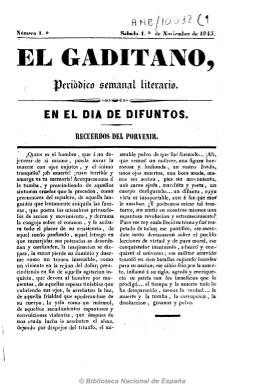
Título: El Gaditano (Cádiz)
Colección: Literatura
Ámbito geográfico: Cádiz
Lugar de publicación: Cádiz
Fechas: 01/11/1845-04/04/1846

Subtitulado como “periódico semanal literario”, aparece su primer número el 1 de noviembre de 1845, saliendo todos los sábados de la Imprenta de Núñez y Arjona. De cuatro páginas, incluye artículos literarios y poemas, así como relatos por entregas y algunas noticias sobre la actividad teatral de la ciudad. Entre sus colaboradores aparece el escritor de origen sevillano José Vargas Machuca (-1898) así como Juan de Arenas, José M. de Salas y J.M. Pinillos.

La colección de la BN sólo contiene cinco números, empezando por el primero y terminando en el correspondiente al 4 de abril de 1846.